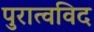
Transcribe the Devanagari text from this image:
पुरात्वविद